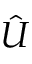
\hat { U }